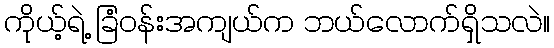
ကိုယ့်ရဲ့ ခြံဝန်းအကျယ်က ဘယ်လောက်ရှိသလဲ။